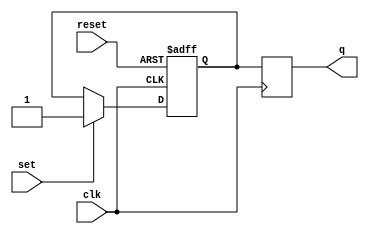
module sr_master_slave_flipflop (
    input wire clk,
    input wire reset,
    input wire set,
    output reg q
);

reg master_q, slave_q;

always @(posedge clk or posedge reset)
begin
    if (reset)
        master_q <= 0;
    else if (set)
        master_q <= 1;
    else
        master_q <= master_q;
end

always @(negedge clk)
begin
    slave_q <= master_q;
end

assign q = slave_q;

endmodule